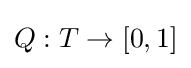
Q:T\rightarrow [0,1]